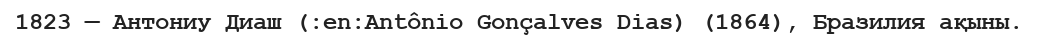
1823 — Антониу Диаш (:en:Antônio Gonçalves Dias) (1864), Бразилия ақыны.